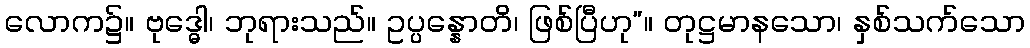
လောက၌။ ဗုဒ္ဓေါ၊ ဘုရားသည်။ ဥပ္ပန္နောတိ၊ ဖြစ်ပြီဟု”။ တုဋ္ဌမာနသော၊ နှစ်သက်သော